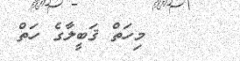
މިހަތް ޤަބީލާގެ ހަތް